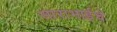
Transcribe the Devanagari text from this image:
साराभाईचे